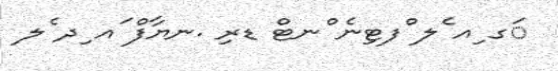
ަގ ިއ ެލ ްފޓިނެ ްނޓް ޑރި .ނޔާފް ައ ިދ ެލ